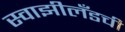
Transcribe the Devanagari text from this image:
स्वाझीलँडची